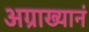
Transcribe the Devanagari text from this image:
अग्राख्यानं